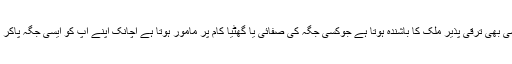
وہ بندہ عموماً کسی بھی ترقی پذیر ملک کا باشندہ ہوتا ہے جوکسی جگہ کی صفائی یا گھٹیا کام پر مامور ہوتا ہے اچانک اپنے آپ کو ایسی جگہ پاکر پھولا نہیں سماتا۔